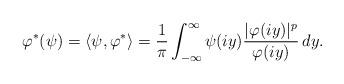
LaTeX: \begin{align*}\varphi^*(\psi)=\langle \psi,\varphi^*\rangle =\frac1\pi\int_{-\infty}^\infty \psi(iy)\frac{|\varphi(iy)|^p}{\varphi(iy)}\,dy.\end{align*}